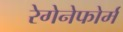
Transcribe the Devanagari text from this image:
रेगेनेफोर्म